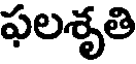
ఫలశృతి